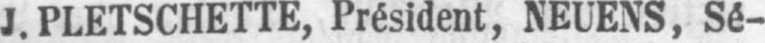
J. PLETSCHETTE, Président, NEUENS, Sé-